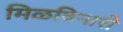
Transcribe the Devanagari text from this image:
मिळविनारी